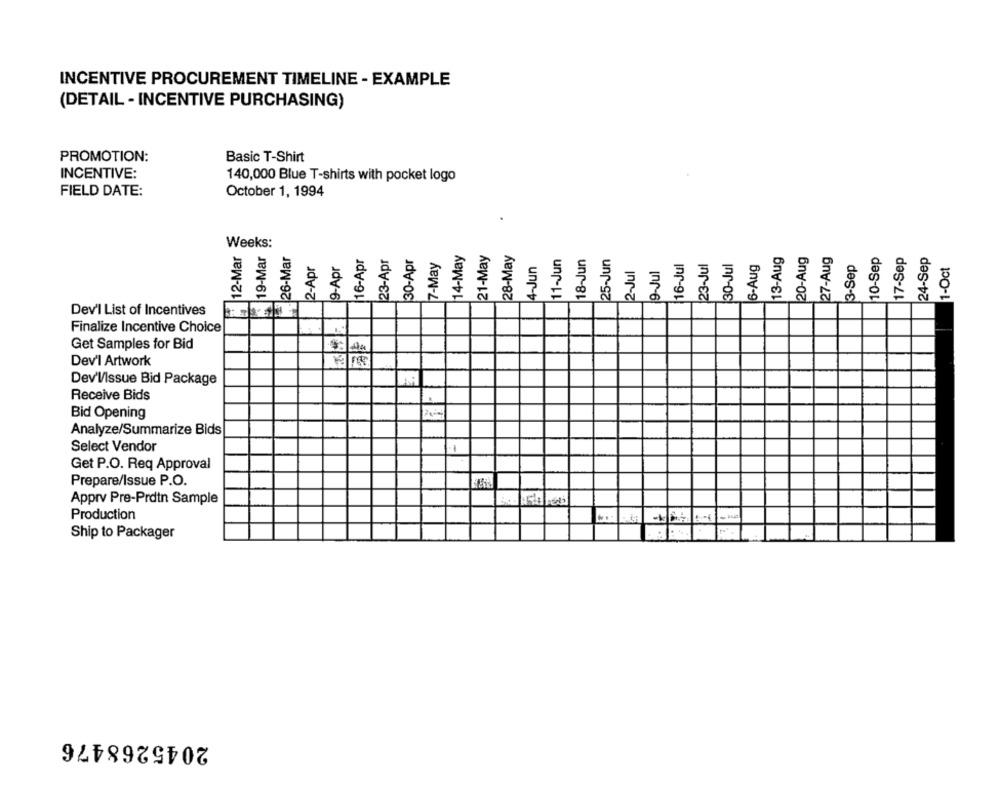
INCENTIVE PROCUREMENT TIMELINE - EXAMPLE
(DETAIL - INCENTIVE PURCHASING)
PROMOTION:
Basic T-Shirt
INCENTIVE:
140,000 Blue T-shirts with pocket logo
FIELD DATE:
October 1, 1994
Weeks:
12-Mar
19-Mar
26-Mar
16-Apr
23-Apr
14-May
21-May
28-May
11-Jun
18-Jun
13-Aug
20-Aug
27-Aug
10-Sep
17-Sep
24-Sep
2-Apr
30-Apr
7-May
25-Jun
23-Jul
30-Jul
6-Aug
3-Sep
1-Oct
9-Apr
9-Jul
7
3
3
Dev'l List of Incentives
Finalize Incentive Choice
Get Samples for Bid
Dev'l Artwork
Dev'V/Issue Bid Package
Receive Bids
Bid Opening
Analyze/Summarize Bids
Select Vendor
Get P.O. Req Approval
Prepare/Issue P.O.
Apprv Pre-Prdtn Sample
Production
Ship to Packager
2045268476